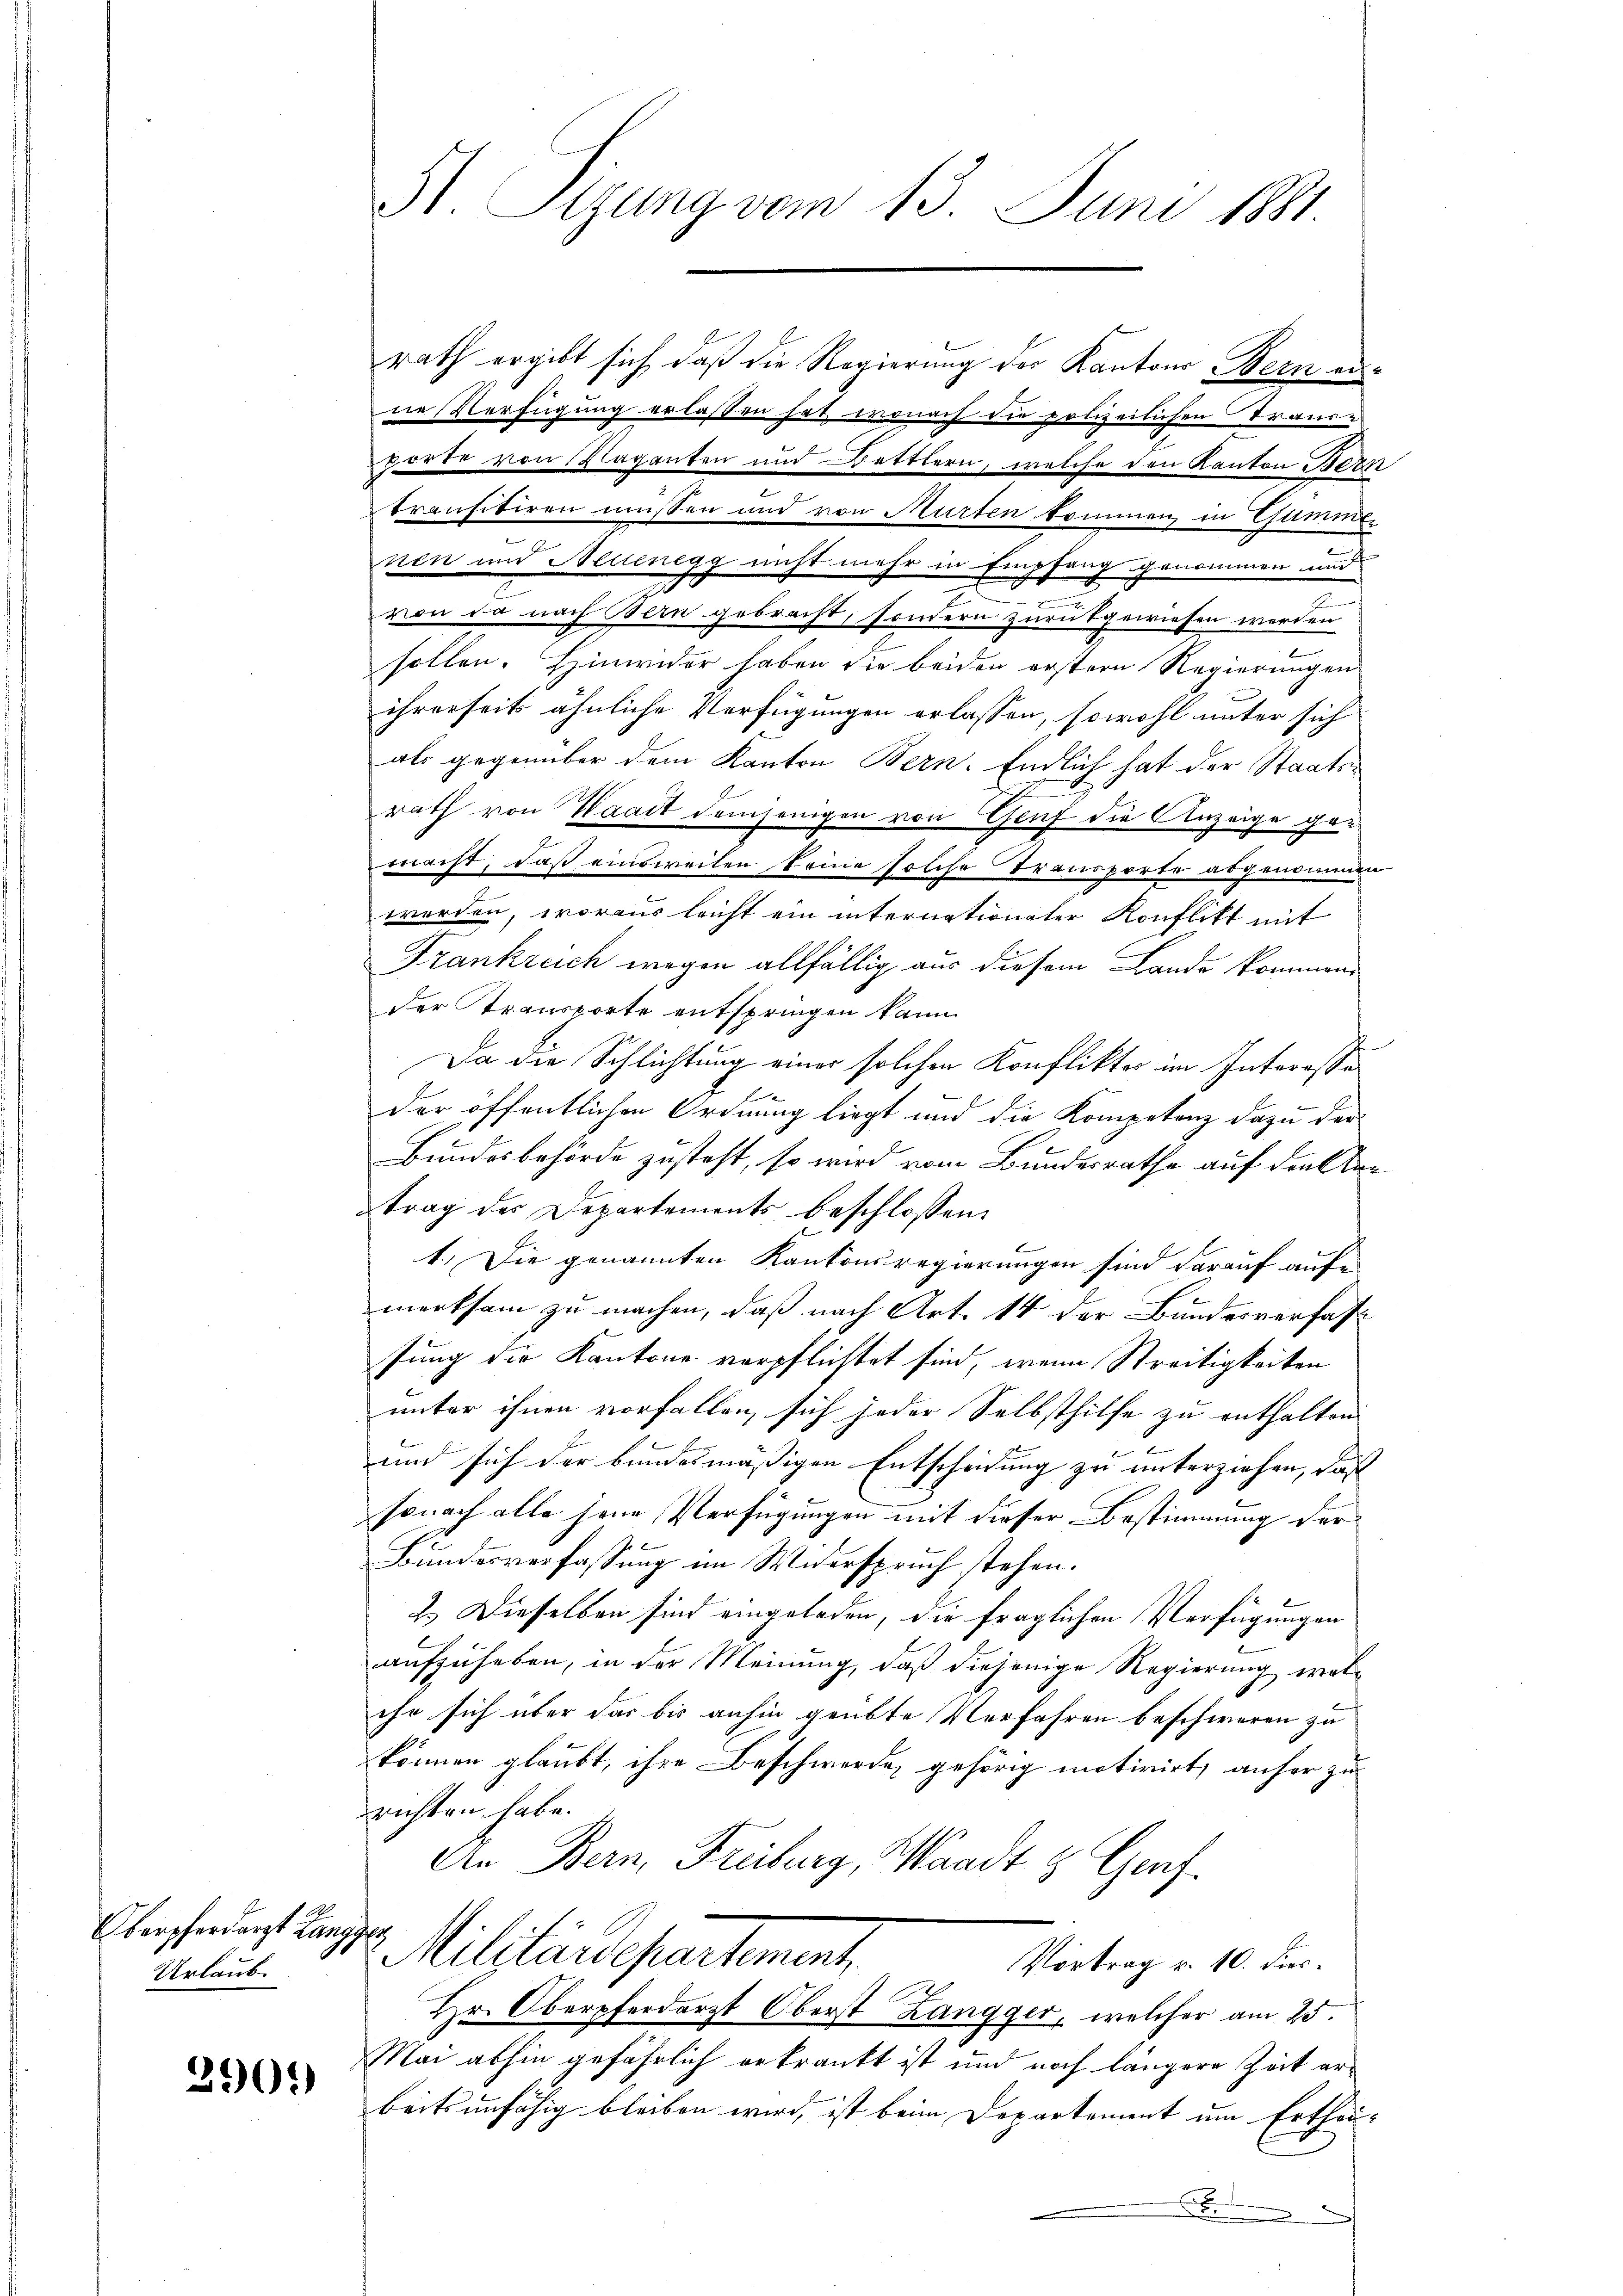
Oberpferdarzt Lang,
Urlaub.

290.)

St. Sizung vom 13. Juni 1891

rath ergibt sich, daß die Regierung der Kantons Bern erne Verfügung erlassen hat, wonach die polizeilichen Trans-
porte von Klagenten und Bettlern, welche den Kanton Bern
transitiren müssen und von Murten kommen, in Gummi¬
.
nen und Neuenegg nicht mehr in Empfang genommen und
g
von da nach Bern gebracht, sondern zurükgewiesen werden
sollen. Hinwider haben die beiden erstern Regierungen
ihrerseits ähnliche Verfügungen erlassen, sowohl unter sich
als gegenüber dem Kanton Bern. Endlich hat der Staatsrath von Waadt demjenigen von Gruf die Anzeige gemacht, daß einsweilen keine solche Transporte abgenommen
werden, woraus leicht ein internationater Konflikt mit
Frankreich wegen allfällig aus diesem Lande kommen
der Transporte entspringen kann
Da die Schlichtung einer solchen Konflikter im Interesse
der öffentlichen Ordnung liegt und die Kompetenz dazu der
Bundesbehörde zusteht, so wird vom Bundesrathe auf die Antrag des Departements beschlossen:
1.) Die genannten Kantonsregierungen sind darauf aufe
merksam zu machen, daß nach Art. 14 der Bundesverfasse
sung die Kantone verpflichtet sind, wenn Streitigkeiten
unter ihnen vorfallen, sich jeder Selbsthilfe zu enthalten
 E
und sich der bundesmäßigen Entscheidung zu unterziehen, daß
sonach alle jene Verfügungen mit dieser Bestimmung der
Bundesverfassung im Widerspruch stehen.
2.) Dieselben sind eingeladen, die fraglichen Verfügungen
aufzuheben, in der Meinung, daß diejenige Regierung wolihr sich über das bis anhin geübte Verfahren beschweren zu
können glaubt, ihre Beschwerde gehörig motivirt, anfer zu
richten habe.
An Bern, Freiburg, Waadt & Genf.
Militärdepartement
Vortrag v. 10. Dies
Hr. Oberpferdarzt Oberst Langger, welcher am 25.
Mai abhin gefährlich erkrankt ist und noch längere Zeit erbeitsunfähig bleiben wird, ist beim Departement um Ertheix